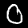
Label: 0